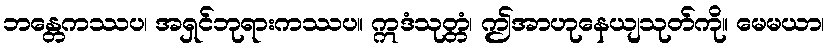
ဘန္တေကဿပ၊ အရှင်ဘုရားကဿပ။ ဣဒံသုတ္တံ၊ ဤအာဟုနေယျသုတ်ကို။ မေမယာ၊